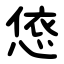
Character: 㥋